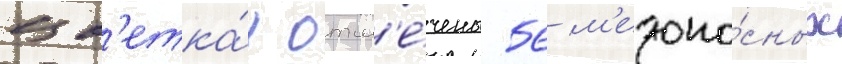
цв'етка́х отм'е́чены 56 м'едоно́сных